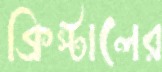
ক্রিস্টালের